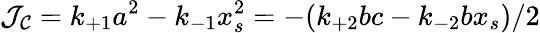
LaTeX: {\cal J_{C}}=k_{+1}a^{2}-k_{-1}x_{s}^{2}=-(k_{+2}bc-k_{-2}bx_{s})/2